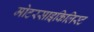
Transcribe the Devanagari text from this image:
मोटरसाइकिलिस्ट